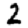
Digit: 2